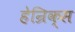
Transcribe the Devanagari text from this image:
हेन्रिक्स